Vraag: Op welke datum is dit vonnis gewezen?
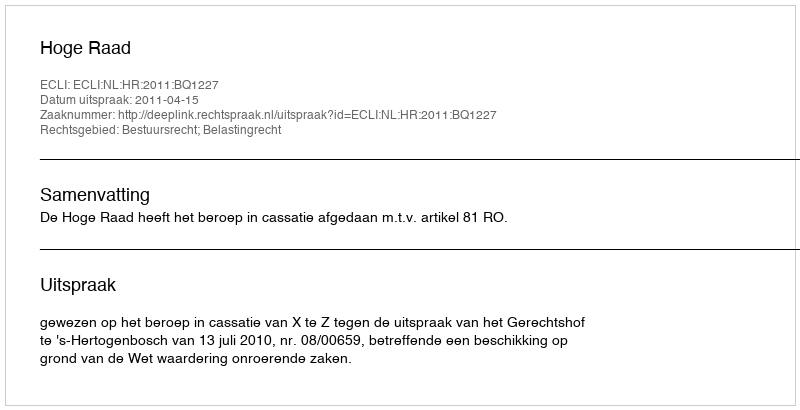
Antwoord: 2011-04-15